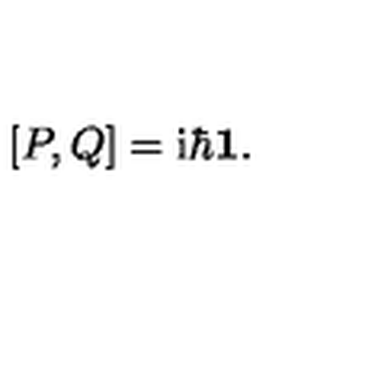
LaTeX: [ P , Q ] = \mathrm { i } \hbar { \bf 1 } .